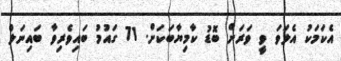
އެކަމަކު އެލަވަ ވީ ވަރަށް ބޮޑު ކާމިޔާބަކަށް. 71 ގައުމު ބައިވެރިވާ ބައިނަލް